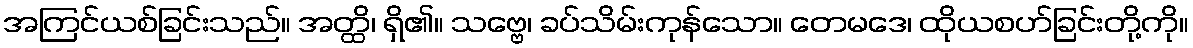
အကြင်ယစ်ခြင်းသည်။ အတ္ထိ၊ ရှိ၏။ သဗ္ဗေ၊ ခပ်သိမ်းကုန်သော။ တေမဒေ၊ ထိုယစဟ်ခြင်းတို့ကို။